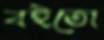
বইতো